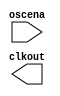

module oscillator (
	oscena,
	clkout);	

	input		oscena;
	output		clkout;
endmodule